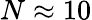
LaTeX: N\approx 10